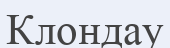
Клондау